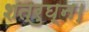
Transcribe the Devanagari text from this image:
शत्रुघ्न।